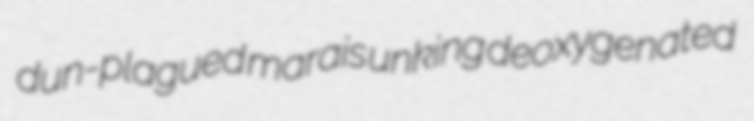
dun-plagued marais unking deoxygenated